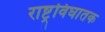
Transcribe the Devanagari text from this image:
राष्ट्रविघातक